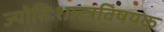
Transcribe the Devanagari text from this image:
ज्योतिःशास्त्रविषयक